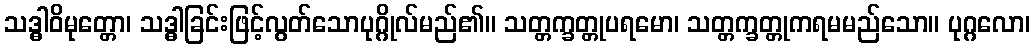
သဒ္ဓါဝိမုတ္တော၊ သဒ္ဓါခြင်းဖြင့်လွတ်သောပုဂ္ဂိုလ်မည်၏။ သတ္တက္ခတ္တုပရမော၊ သတ္တက္ခတ္တုကရမမည်သော။ ပုဂ္ဂလော၊